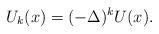
LaTeX: \begin{align*}U_k (x) =(-\Delta)^k U(x) .\end{align*}